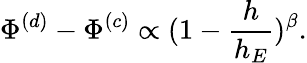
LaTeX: \Phi^{(d)}-\Phi^{(c)}\propto(1-\frac{h}{h_{E}})^{\beta}.